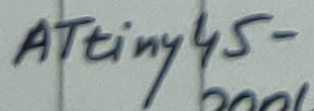
Text: ATtiny45-20PU